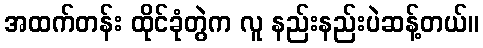
အထက်တန်း ထိုင်ခုံတွဲက လူ နည်းနည်းပဲဆန့်တယ်။